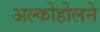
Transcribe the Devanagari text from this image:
अल्कोहोलने